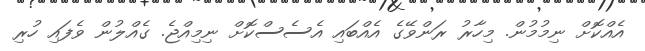
އެއްކޮށް ނިމުމުން. މިހާރު ރަންވޭގެ އެއްބައި އެސެސްކޮށް ނިމިއްޖެ. ގެއްލުން ވެފައި ހުރި